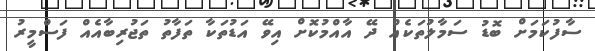
ސާފުކަމަށް ބޮޑު ސަމާލުތަކެއް ދޭ އާއްމުކޮށް އިވޭ އަޑުތަކާ ތަފާތު ތަޖުރިބާއެއް ފަސްމީރު